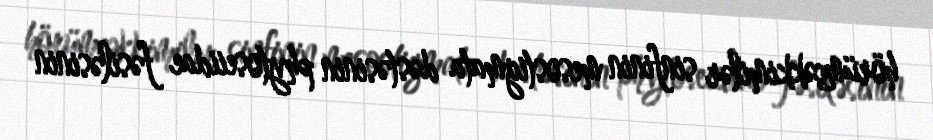
hörümçəkkimilər sinfinin mesostigmata dəstəsinin phytoseiidae fəsiləsinin